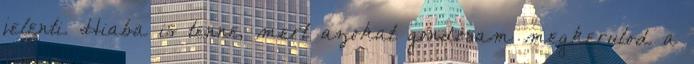
jelenti. Hiaba is tenne, mert azokat gondosam megkerulod a